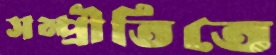
সম্প্রীতিতে